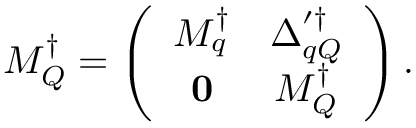
{ \cal M } _ { \cal Q } ^ { \dagger } = \left( \begin{array} { c c } { { M _ { q } ^ { \dagger } } } & { { \Delta _ { q Q } ^ { \prime \dagger } } } \\ { { { \bf 0 } } } & { { M _ { Q } ^ { \dagger } } } \end{array} \right) .